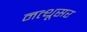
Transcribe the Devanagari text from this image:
नत्थूसर